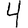
Digit: 4